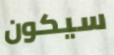
سيكون